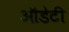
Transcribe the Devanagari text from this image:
ऑडेटी